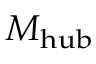
\boldsymbol { M _ { \mathrm { h u b } } }